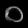
Digit: ၀